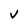
Character: V